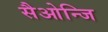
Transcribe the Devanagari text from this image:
सैओन्जि